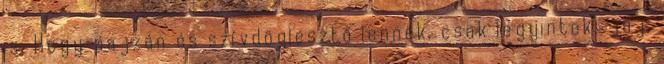
is. Hogy pajzán és szívdöglesztő lennék, csak legyintek; jaj,